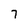
Character: 7